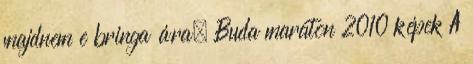
majdnem e bringa ára. Buda maraton 2010 képek A